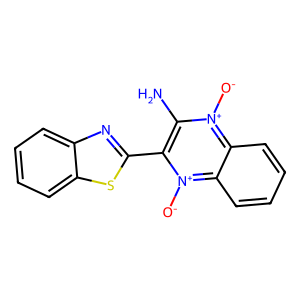
SMILES: Nc1c(-c2nc3ccccc3s2)[n+]([O-])c2ccccc2[n+]1[O-]
Inhibits HIV replication: No